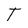
Character: T